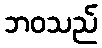
ဘဝသည်